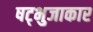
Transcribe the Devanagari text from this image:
षट्भुजाकार